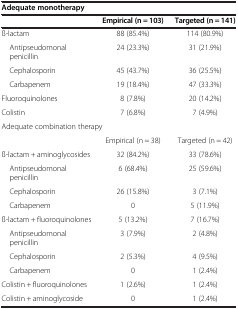
<table><thead><tr><td colspan="3"><b>Adequate monotherapy</b></td></tr><tr><td><b> </b></td><td><b>Empirical (n = 103)</b></td><td><b>Targeted (n = 141)</b></td></tr></thead><tbody><tr><td>ß-lactam</td><td>88 (85.4%)</td><td>114 (80.9%)</td></tr><tr><td> Antipseudomonal penicillin</td><td>24 (23.3%)</td><td>31 (21.9%)</td></tr><tr><td> Cephalosporin</td><td>45 (43.7%)</td><td>36 (25.5%)</td></tr><tr><td> Carbapenem</td><td>19 (18.4%)</td><td>47 (33.3%)</td></tr><tr><td>Fluoroquinolones</td><td>8 (7.8%)</td><td>20 (14.2%)</td></tr><tr><td>Colistin</td><td>7 (6.8%)</td><td>7 (4.9%)</td></tr><tr><td colspan="3">Adequate combination therapy</td></tr><tr><td> </td><td>Empirical (n = 38)</td><td>Targeted (n = 42)</td></tr><tr><td>ß-lactam + aminoglycosides</td><td>32 (84.2%)</td><td>33 (78.6%)</td></tr><tr><td> Antipseudomonal penicillin</td><td>6 (68.4%)</td><td>25 (59.6%)</td></tr><tr><td> Cephalosporin</td><td>26 (15.8%)</td><td>3 (7.1%)</td></tr><tr><td> Carbapenem</td><td>0</td><td>5 (11.9%)</td></tr><tr><td>ß-lactam + fluoroquinolones</td><td>5 (13.2%)</td><td>7 (16.7%)</td></tr><tr><td> Antipseudomonal penicillin</td><td>3 (7.9%)</td><td>2 (4.8%)</td></tr><tr><td> Cephalosporin</td><td>2 (5.3%)</td><td>4 (9.5%)</td></tr><tr><td> Carbapenem</td><td>0</td><td>1 (2.4%)</td></tr><tr><td>Colistin + fluoroquinolones</td><td>1 (2.6%)</td><td>1 (2.4%)</td></tr><tr><td>Colistin + aminoglycoside</td><td>0</td><td>1 (2.4%)</td></tr></tbody></table>